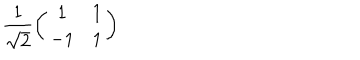
\frac { 1 } { \sqrt { 2 } } \left( \begin{array} { c c } { { 1 } } & { { 1 } } \\ { { - 1 } } & { { 1 } } \\ \end{array} \right)